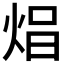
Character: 𤈵